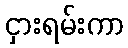
ငှားရမ်းကာ